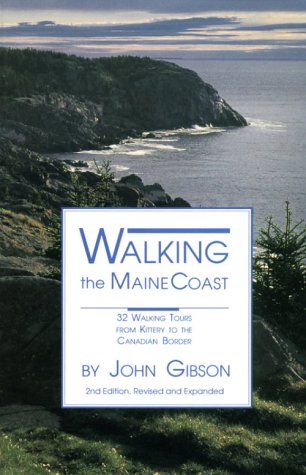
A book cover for Walking the Maine Coast; John Gibson; Travel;